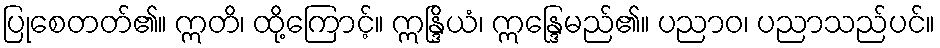
ပြုစေတတ်၏။ ဣတိ၊ ထို့ကြောင့်။ ဣန္ဒြိယံ၊ ဣန္ဒြေမည်၏။ ပညာဝ၊ ပညာသည်ပင်။